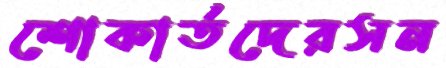
শোকার্তদেরসন